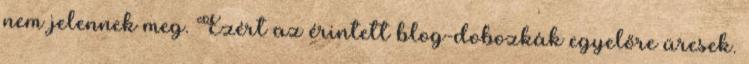
nem jelennek meg. Ezért az érintett blog-dobozkák egyelőre üresek.